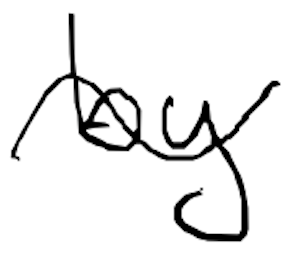
Text: by
Cross-out: mix
Writing tool: digital_black